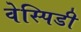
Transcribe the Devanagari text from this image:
वेस्पिडी